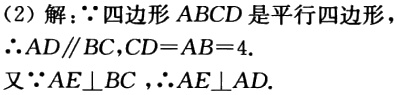
（2）解：\(\because\)四边形\(ABCD\)是平行四边形

\(\therefore AD\parallel BC,CD = AB = 4\).

又\(\because AE\perp BC\)，\(\therefore AE\perp AD\).